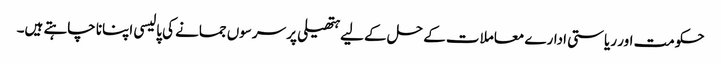
حکومت اور ریاستی ادارے معاملات کے حل کے لیے ہتھیلی پر سرسوں جمانے کی پالیسی اپنانا چاہتے ہیں۔